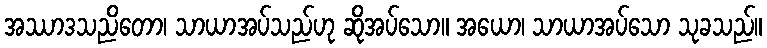
အဿာဒသညိတော၊ သာယာအပ်သည်ဟု ဆိုအပ်သော။ အယော၊ သာယာအပ်သော သုခသည်။